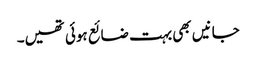
جانیں بھی بہت ضائع ہوئی تھیں۔